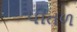
પીતળ